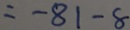
= - 8 1 - 8